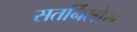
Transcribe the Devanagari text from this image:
सतर्निलोस